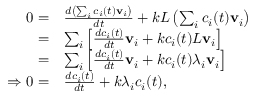
{ \begin{array} { r l } { 0 = } & { { \frac { d \left( \sum _ { i } c _ { i } ( t ) \mathbf { v } _ { i } \right) } { d t } } + k L \left( \sum _ { i } c _ { i } ( t ) \mathbf { v } _ { i } \right) } \\ { = } & { \sum _ { i } \left[ { \frac { d c _ { i } ( t ) } { d t } } \mathbf { v } _ { i } + k c _ { i } ( t ) L \mathbf { v } _ { i } \right] } \\ { = } & { \sum _ { i } \left[ { \frac { d c _ { i } ( t ) } { d t } } \mathbf { v } _ { i } + k c _ { i } ( t ) \lambda _ { i } \mathbf { v } _ { i } \right] } \\ { \Rightarrow 0 = } & { { \frac { d c _ { i } ( t ) } { d t } } + k \lambda _ { i } c _ { i } ( t ) , } \end{array} }